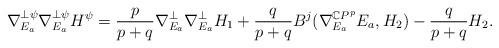
LaTeX: \begin{align*}\nabla^{\perp\psi}_{E_a}\nabla^{\perp\psi}_{E_a}H^{\psi}=\frac{p}{p+q}\nabla^{\perp}_{E_a}\nabla^{\perp}_{E_a}H_1+\frac{q}{p+q}B^j(\nabla^{\mathbb{C}P^p}_{E_a}E_a,H_2)-\frac{q}{p+q}H_2.\end{align*}